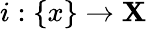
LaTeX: i:\{ x\} \to\mathbf{X}